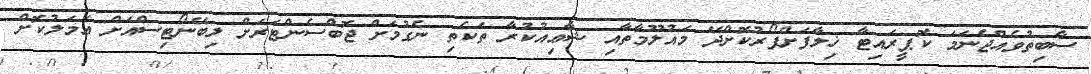
ސާބިތުވެއްޖެނަމަ ކޮޕީރައިޓާ ޚިލާފަށްފޯރުކޮށްދޭ މައުލޫމާތާއި ޝާޢިއުކުރާ ތަކެތި ނެގުމަށް ޖޮބްސެންޓަރަށް ލިބޭނޯޓިސްއަށް ޢަމަލުކޮށް